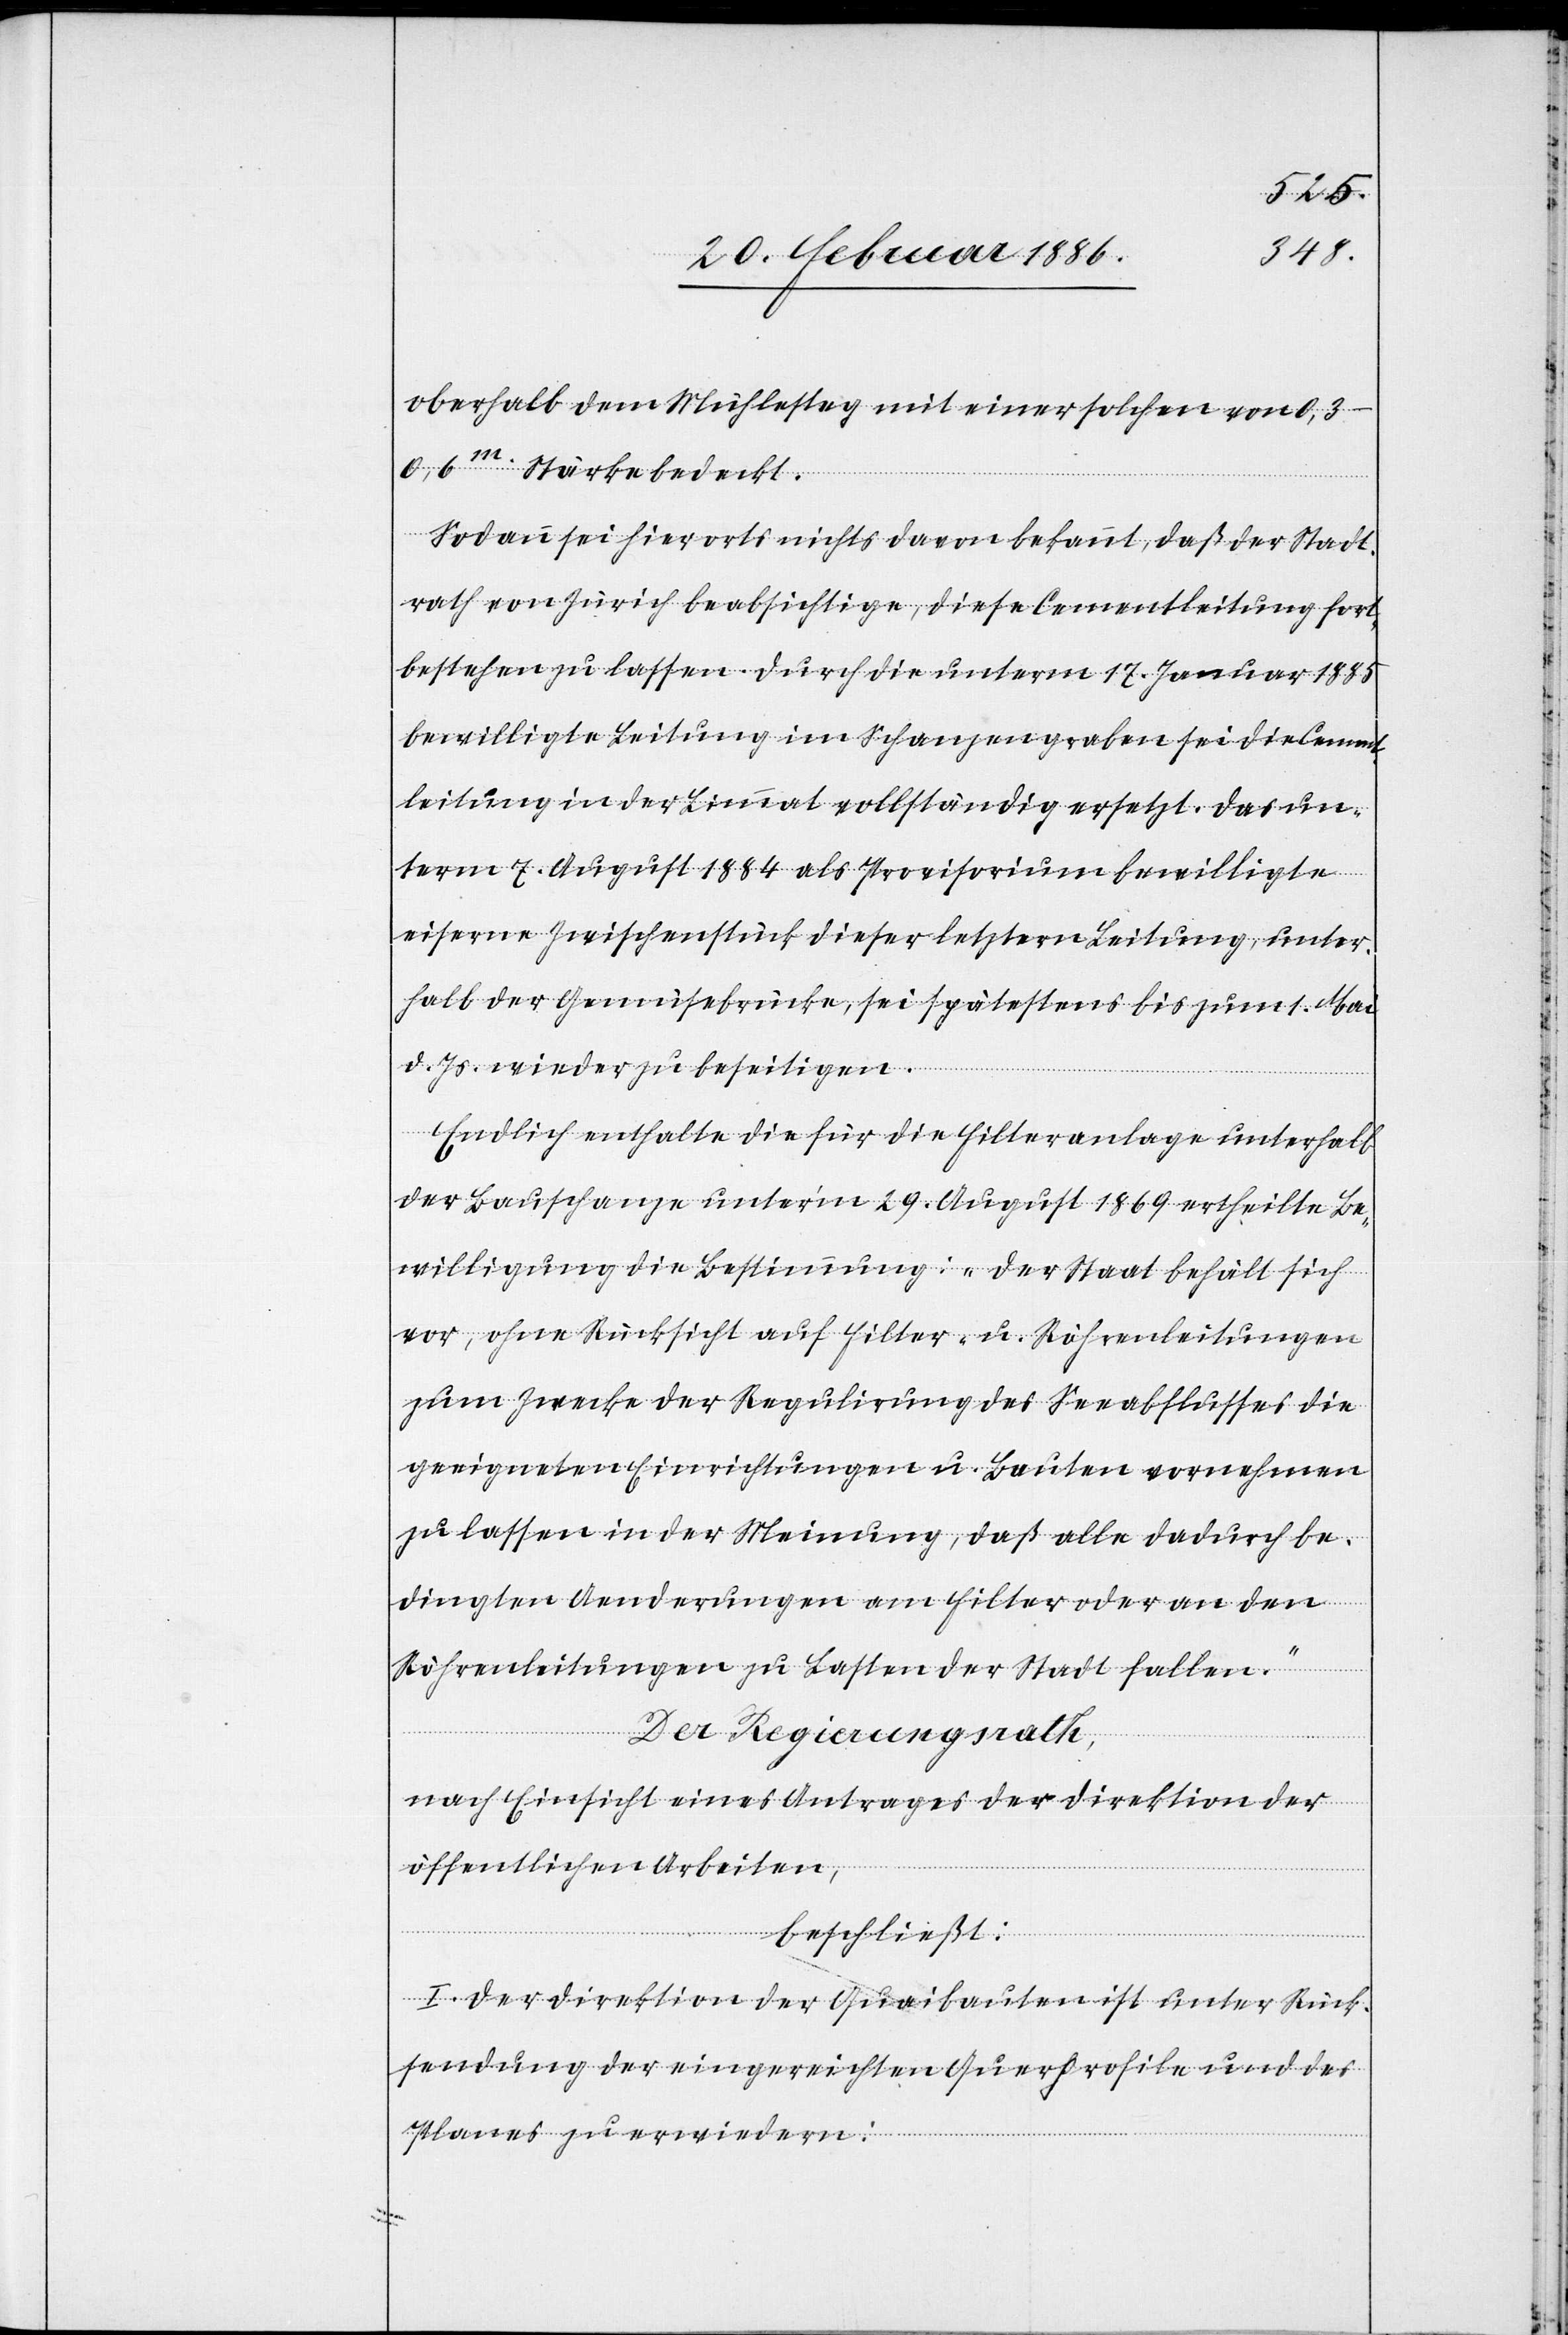
oberhalb dem Mühlesteg mit einer solchen von
0,3–0,6m. Stärke bedeckt.
Sodann sei hierorts nichts davon bekannt, daß der Stadt¬
rath von Zürich beabsichtige, diese Cementleitung fort¬
bestehen zu lassen. Durch die unterm 17. Januar 1885
bewilligte Leitung im Schanzengraben sei die Cemen¬
tleitung in der Limmat vollständig ersetzt. Das un¬
term 7. August 1884 als Provisorium bewilligte
eiserne Zwischenstück dieser letztern Leitung, unter¬
halb der Gemüsebrücke, sei spätestes bis zum 1. Mai
d. Js. wieder zu beseitigen.
Endlich enthalte die für die Filteranlage unterhalb
der Bauschanze unter’m 29. August 1869 ertheilte Be¬
willigung die Bestimmung: „Der Staat behält sich
vor, ohne Rücksicht auf Filter- u. Röhrenleitungen
zum Zwecke der Regulierung des Seeabflusses die
geeigneten Einrichtungen u. Bauten vornehmen
zu lassen in der Meinung, daß alle dadurch be¬
dingten Aenderungen am Filter oder an den
Röhrenleitungen zu Lasten der Stadt fallen.“
Der Regierungsrath,
nach Einsicht eines Antrages der Direktion der
öffentlichen Arbeiten,
beschließt:
I. Der Direktion der Quaibauten ist unter Rück¬
sendung der eingereichten Querprofile und des
Planes zu erwiedern: